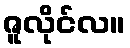
ဇူလိုင်လ။